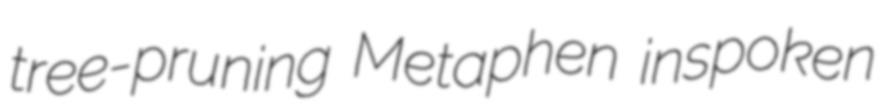
tree-pruning Metaphen inspoken